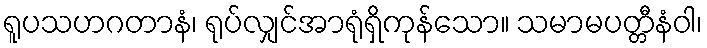
ရူပသဟဂတာနံ၊ ရုပ်လျှင်အာရုံရှိကုန်သော။ သမာမပတ္တီနံဝါ၊